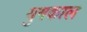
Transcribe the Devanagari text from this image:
युगकाल